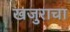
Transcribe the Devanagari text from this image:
खजुराचा